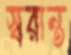
স্বরান্ত